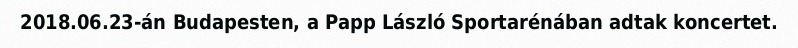
2018.06.23-án Budapesten, a Papp László Sportarénában adtak koncertet.